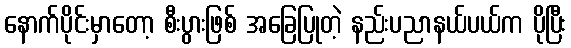
နောက်ပိုင်းမှာတော့ စီးပွားဖြစ် အခြေပြုတဲ့ နည်းပညာနယ်ပယ်က ပိုပြီး